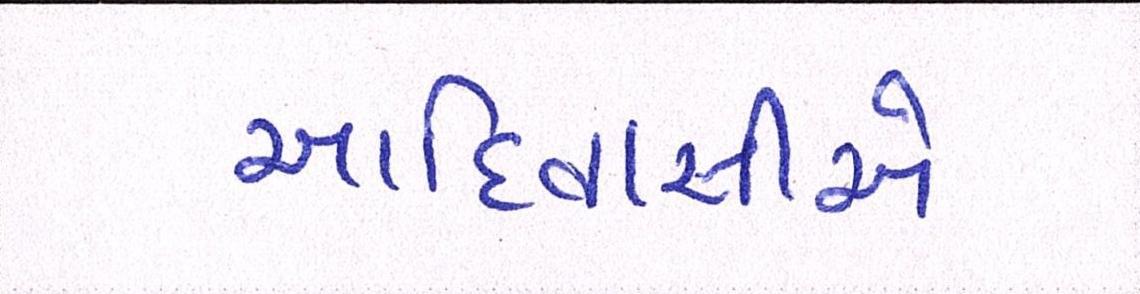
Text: આદિવાસીએ